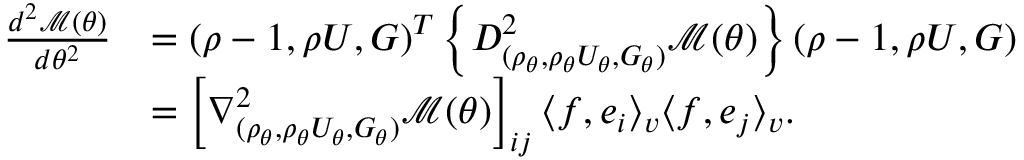
\begin{array} { r l } { \frac { d ^ { 2 } \mathcal { M } ( \theta ) } { d \theta ^ { 2 } } } & { = ( \rho - 1 , \rho U , G ) ^ { T } \left\{ D _ { ( \rho _ { \theta } , \rho _ { \theta } U _ { \theta } , G _ { \theta } ) } ^ { 2 } \mathcal { M } ( \theta ) \right\} ( \rho - 1 , \rho U , G ) } \\ & { = \left[ \nabla _ { ( \rho _ { \theta } , \rho _ { \theta } U _ { \theta } , G _ { \theta } ) } ^ { 2 } \mathcal { M } ( \theta ) \right] _ { i j } \langle f , e _ { i } \rangle _ { v } \langle f , e _ { j } \rangle _ { v } . } \end{array}